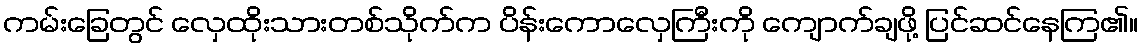
ကမ်းခြေတွင် လှေထိုးသားတစ်သိုက်က ပိန်းကောလှေကြီးကို ကျောက်ချဖို့ ပြင်ဆင်နေကြ၏။